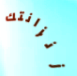
زنزانتك